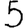
Digit: 5